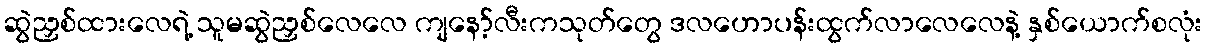
ဆွဲညှစ်ထားလေရဲ့ သူမဆွဲညှစ်လေလေ ကျနော့်လီးကသုတ်တွေ ဒလဟောပန်းထွက်လာလေလေနဲ့ နှစ်ယောက်စလုံး